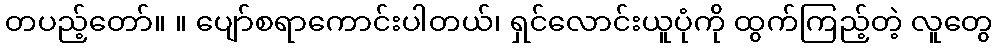
တပည့်တော်။ ။ ပျော်စရာကောင်းပါတယ်၊ ရှင်လောင်းယူပုံကို ထွက်ကြည့်တဲ့ လူတွေ